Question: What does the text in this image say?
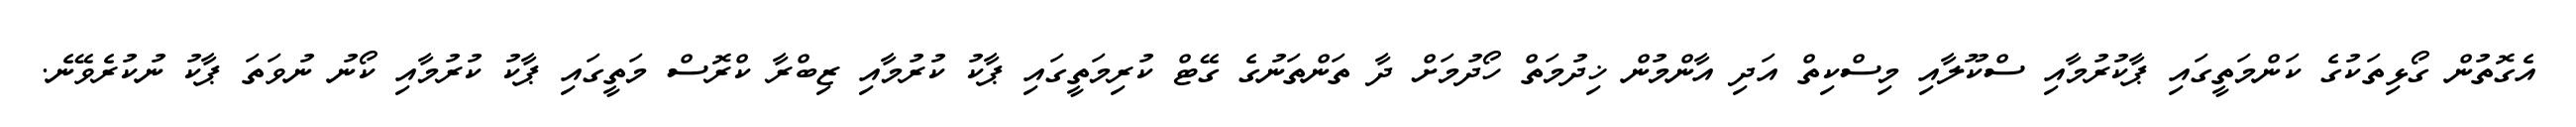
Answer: އެގޮތުން ގޯޅިތަކުގެ ކަންމަތީގައި ޕާކުރުމާއި ސްކޫލާއި މިސްކިތް އަދި އާންމުން ޚިދުމަތް ހޯދުމަށް ދާ ތަންތަނުގެ ގޭޓް ކުރިމަތީގައި ޕާކު ކުރުމާއި ޒިބްރާ ކްރޮސް މަތީގައި ޕާކު ކުރުމާއި ކޯނު ނުވަތަ ޕާކު ނުކުރެވޭނެ.